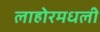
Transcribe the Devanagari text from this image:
लाहोरमधली